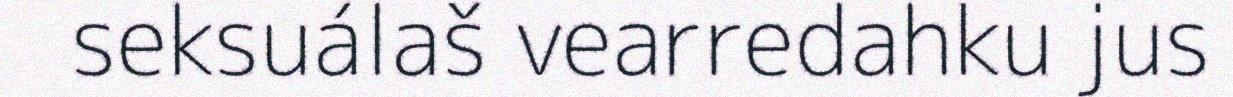
seksuálaš vearredahku jus